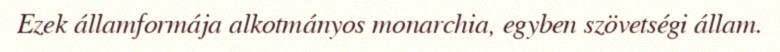
Ezek államformája alkotmányos monarchia, egyben szövetségi állam.